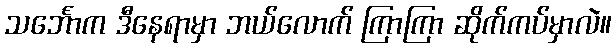
သင်္ဘောက ဒီနေရာမှာ ဘယ်လောက် ကြာကြာ ဆိုက်ကပ်မှာလဲ။